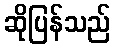
ဆိုပြန်သည်